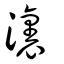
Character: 𣿞